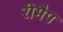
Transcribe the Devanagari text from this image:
रीमैप